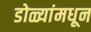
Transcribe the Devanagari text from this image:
डोळ्यांमधून